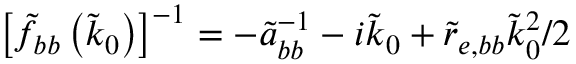
\left[ \tilde { f } _ { b b } \left( \tilde { k } _ { 0 } \right) \right] ^ { - 1 } = - \tilde { a } _ { b b } ^ { - 1 } - i \tilde { k } _ { 0 } + \tilde { r } _ { e , b b } \tilde { k } _ { 0 } ^ { 2 } / 2